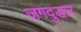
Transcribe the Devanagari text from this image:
जगदुद्धार